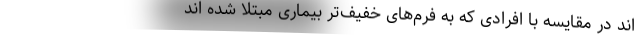
اند در مقایسه با افرادی که به فرم‌های خفیف‌تر بیماری مبتلا شده اند